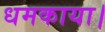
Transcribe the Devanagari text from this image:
धमकाया।